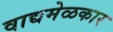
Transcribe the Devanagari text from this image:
वाद्यमेळकार